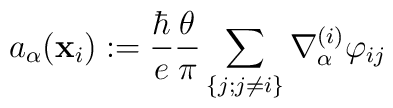
a_\alpha({\bf x}_i):={\hbar\over e}{\theta\over\pi}\sum_{\{j;j\ne i\}}\nabla_\alpha^{(i)}\varphi_{ij}